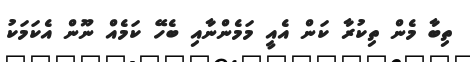
ތިބާ މެން ތިކުރާ ކަން އެެއީ މަމެންނާއި ބެހޭ ކަމެއް ނޫން އެކަމަކު